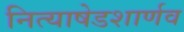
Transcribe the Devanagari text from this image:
नित्याषेडशार्णव